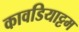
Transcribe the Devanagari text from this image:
कावडियाट्टम